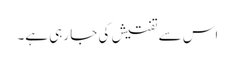
اس سے تفتیش کی جا رہی ہے۔